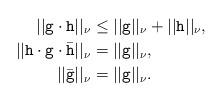
LaTeX: \begin{align*}||\mathtt{g}\cdot\mathtt{h}||_\nu&\leq ||\mathtt{g}||_\nu+||\mathtt{h}||_\nu,\\||\mathtt{h}\cdot\mathtt{g}\cdot\bar{\mathtt{h}}||_\nu&=||\mathtt{g}||_\nu,\\||\bar{\mathtt{g}}||_\nu&=||\mathtt{g}||_\nu.\\\end{align*}